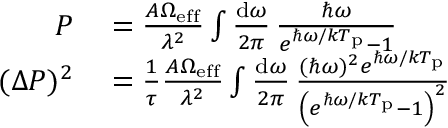
\begin{array} { r l } { P } & { { } = \frac { A \Omega _ { \mathrm { e f f } } } { \lambda ^ { 2 } } \int \frac { \mathrm { d } \omega } { 2 \pi } \, \frac { \hbar \omega } { e ^ { \hbar \omega / k T _ { \mathrm { p } } } - 1 } } \\ { ( \Delta P ) ^ { 2 } } & { { } = \frac { 1 } { \tau } \frac { A \Omega _ { \mathrm { e f f } } } { \lambda ^ { 2 } } \int \frac { \mathrm { d } \omega } { 2 \pi } \, \frac { ( \hbar \omega ) ^ { 2 } e ^ { \hbar \omega / k T _ { \mathrm { p } } } } { \left( e ^ { \hbar \omega / k T _ { \mathrm { p } } } - 1 \right) ^ { 2 } } } \end{array}